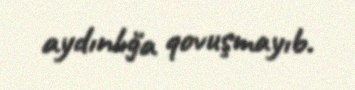
aydınlığa qovuşmayıb.